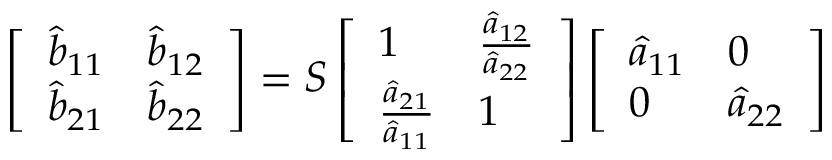
\left[ \begin{array} { l l } { \hat { b } _ { 1 1 } } & { \hat { b } _ { 1 2 } } \\ { \hat { b } _ { 2 1 } } & { \hat { b } _ { 2 2 } } \end{array} \right] = \boldsymbol { S } \left[ \begin{array} { l l } { 1 } & { \frac { \hat { a } _ { 1 2 } } { \hat { a } _ { 2 2 } } } \\ { \frac { \hat { a } _ { 2 1 } } { \hat { a } _ { 1 1 } } } & { 1 } \end{array} \right] \left[ \begin{array} { l l } { \hat { a } _ { 1 1 } } & { 0 } \\ { 0 } & { \hat { a } _ { 2 2 } } \end{array} \right]